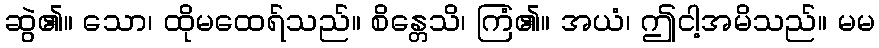
ဆွဲ၏။ သော၊ ထိုမထေရ်သည်။ စိန္တေသိ၊ ကြံ၏။ အယံ၊ ဤငါ့အမိသည်။ မမ